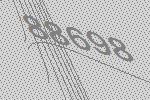
88698